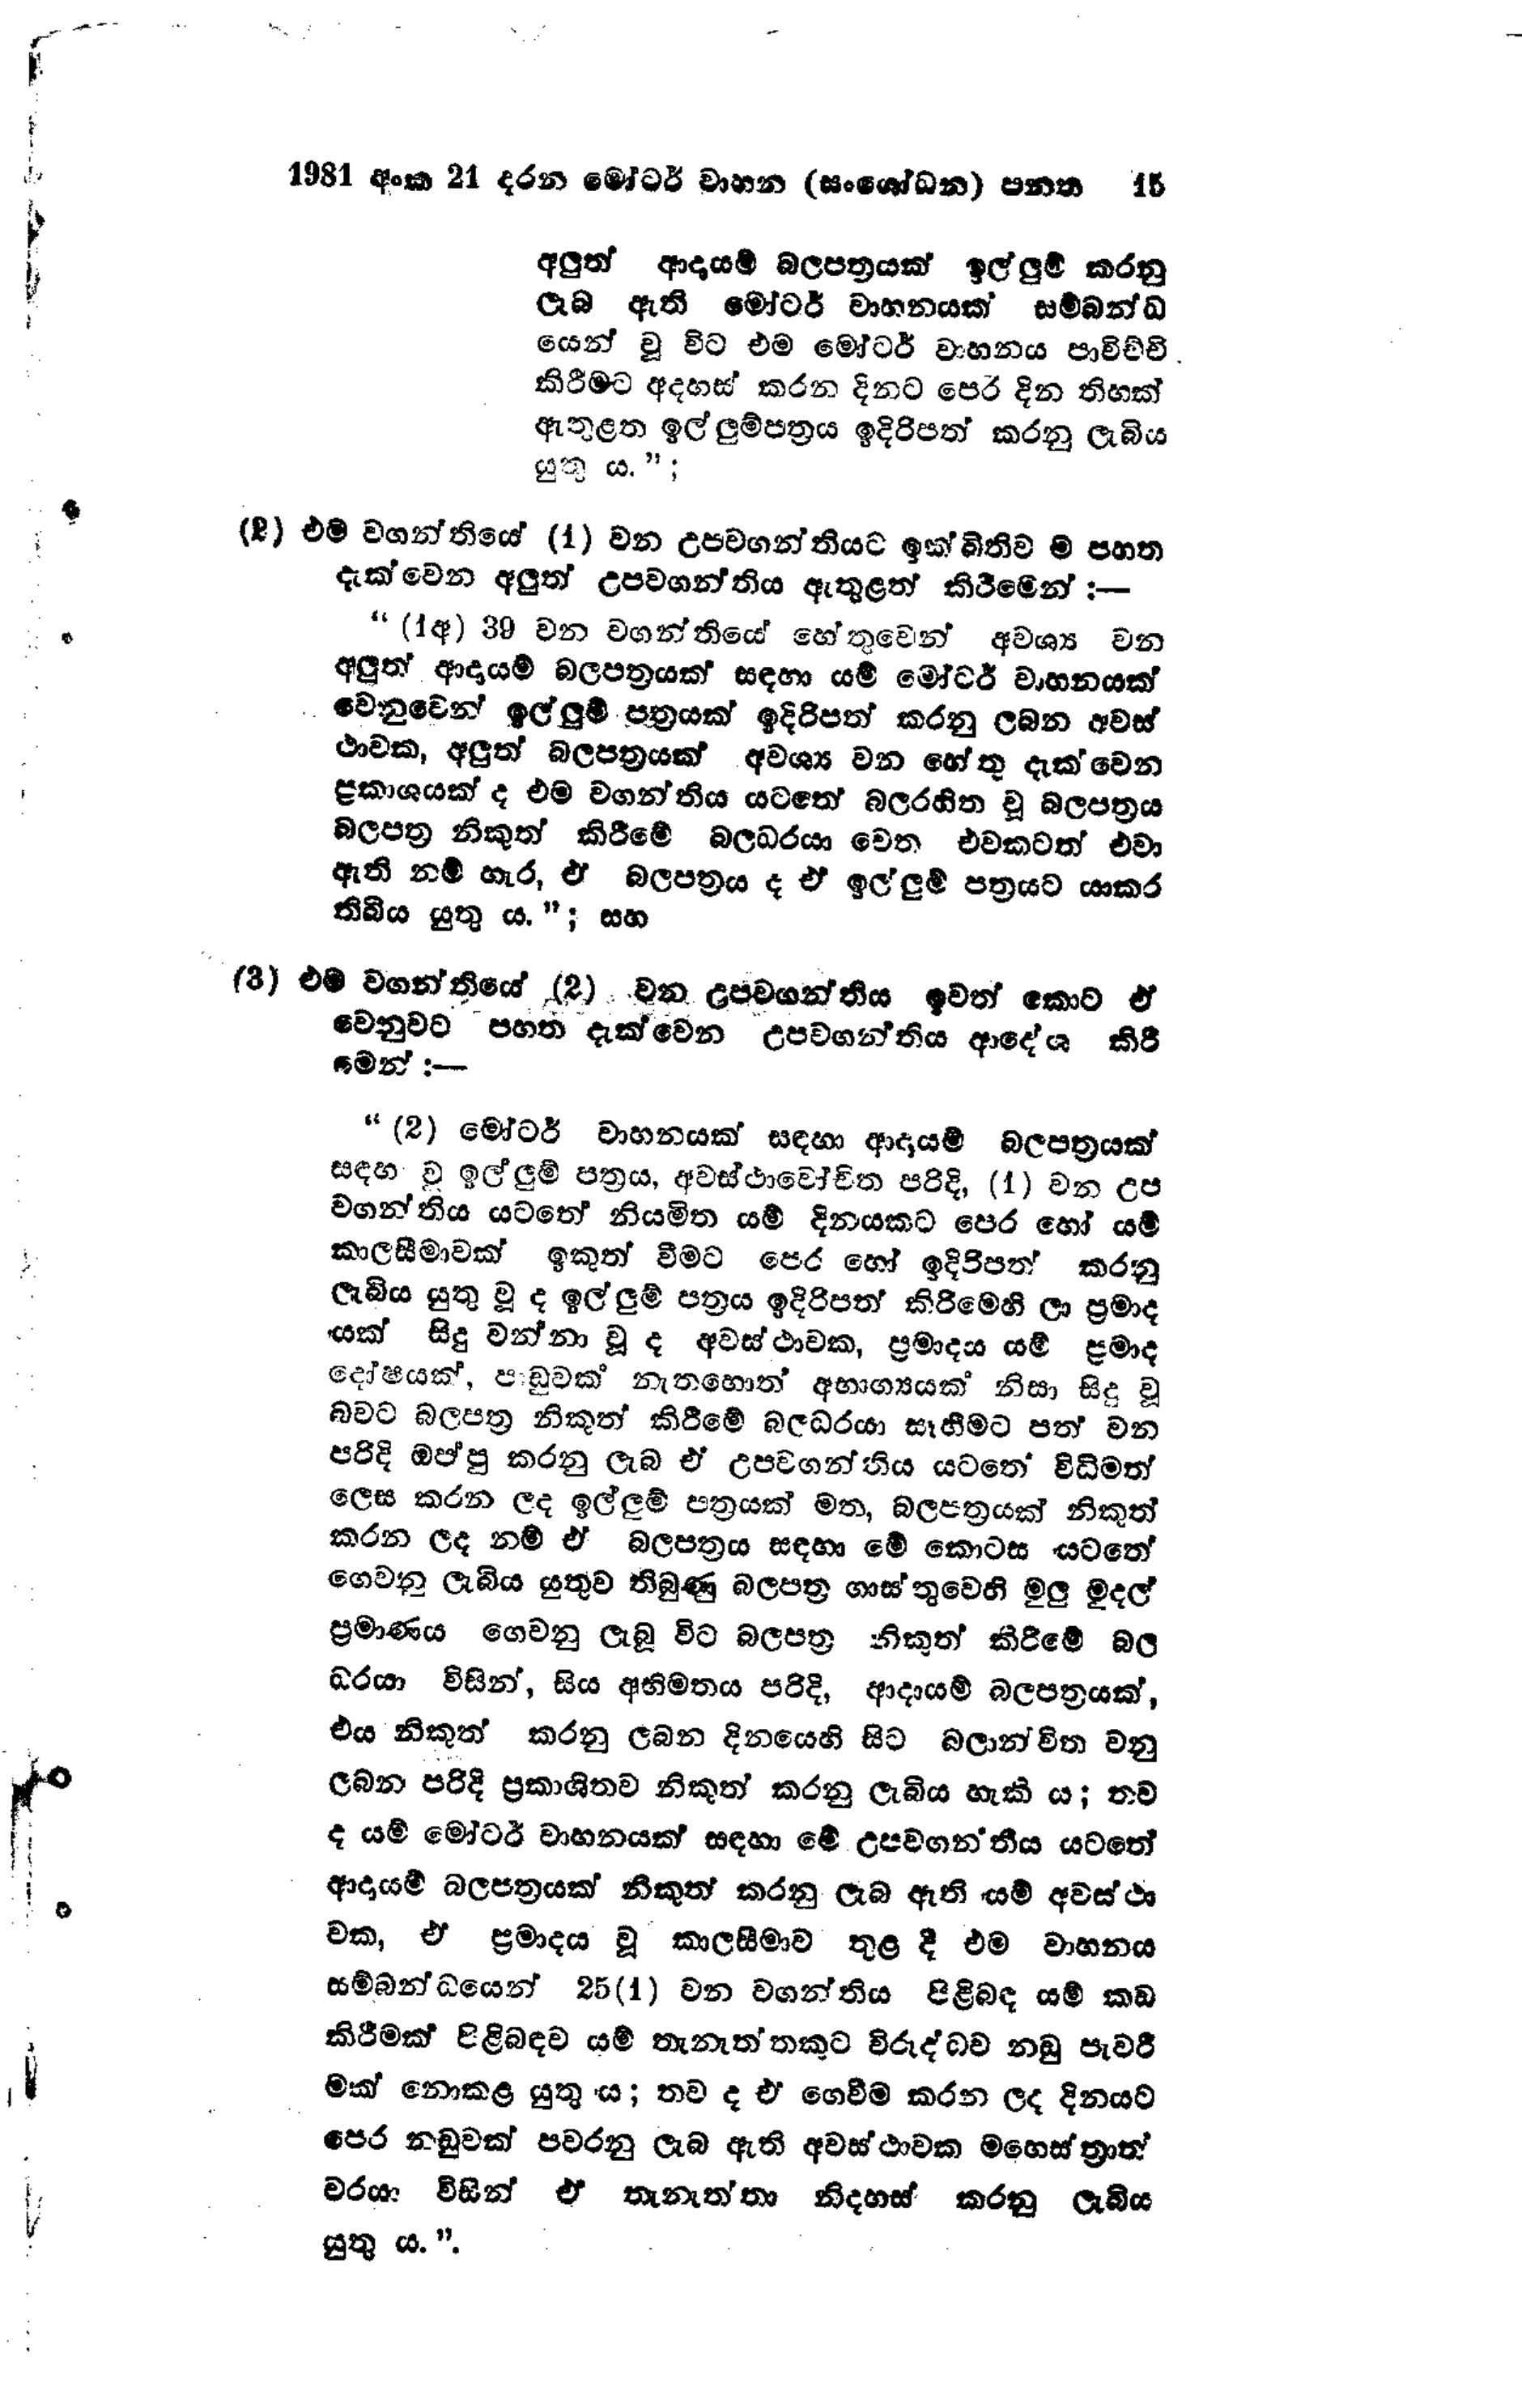
1981 අංක 21 දරන මෝටර් වාහන (සංශෝධන) පනත		15

අලුත් ආදායම් බලපත්‍රයක් ඉල්ලුම් කරනු
ලැබ ඇති මෝටර් වාහනයක් සම්බන්ධ
යෙන් වූ විට එම මෝටර් වාහනය පාවිච්චි
කිරීමට අදහස් කරන දිනට පෙර දින තිහක්
ඇතුළත ඉල්ලුම්පත්‍රය ඉදිරිපත් කරනු ලැබිය
යුතු ය.";

(2) එම වගන්තියේ (1) වන උපවගන්තියට ඉක්බිතිව ම පහත
දැක්වෙන අලුත් උපවගන්තිය ඇතුළත් කිරීමෙන් :--

"(1අ) 39 වන වගන්තියේ හේතුවෙන් අවශ්‍ය වන
අලුත් ආදායම් බලපත්‍රයක් සඳහා යම් මෝටර් වාහනයක්
වෙනුවෙන් ඉල්ලුම් පත්‍රයක් ඉදිරිපත් කරනු ලබන අවස්
ථාවක, අලුත් බලපත්‍රයක් අවශ්‍ය වන හේතු දැක්වෙන
ප්‍රකාශයක් ද එම වගන්තිය යටතේ බල රහිත වූ බලපත්‍රය
බලපත්‍ර නිකුත් කිරීමේ බලධරයා වෙත එවකටත් එවා
ඇති නම් හැර, ඒ බලපත්‍රය ද ඒ ඉල්ලුම් පත්‍රයට යාකර
තිබිය යුතු ය."; සහ

(3) එම වගන්තියේ (2) වන උපවගන්තිය ඉවත් කොට ඒ
වෙනුවට පහත දැක්වෙන උපවගන්තිය ආදේශ කිරි
මෙන්:-

"(2) මෝටර් වාහනයක් සඳහා ආදායම් බලපත්‍රයක්
සඳහා වූ ඉල්ලුම් පත්‍රය, අවස්ථාවෝචිත පරිදි, (1) වන උප
වගන්තිය යටතේ නියමිත යම් දිනයකට පෙර හෝ යම්
කාලසීමාවක් ඉකුත් වීමට පෙර හෝ ඉදිරිපත් කරනු
ලැබිය යුතු වූද ඉල්ලුම් පත්‍රය ඉදිරිපත් කිරීමෙහි ලා ප්‍රමාද
යක් සිදු වන්නා වූ ද අවස්ථාවක, ප්‍රමාදය යම් ප්‍රමාද
දෝෂයක්, පාඩුවක් නැතහොත් අභාග්‍යයක් නිසා සිදු වූ
බවට බලපත්‍ර නිකුත් කිරීමේ බලධරයා සෑහීමට පත් වන
පරිදි ඔප්පු කරනු ලැබ ඒ උපවගන්තිය යටතේ විධිමත්
ලෙස කරන ලද ඉල්ලුම් පත්‍රයක් මත, බලපත්‍රයක් නිකුත්
කරන ලද නම් ඒ බලපත්‍රය සඳහා මේ කොටස යටතේ
ගෙවනු ලැබිය යුතුව තිබුණු බලපත්‍ර ගාස්තුවෙහි මුලු මුදල්
ප්‍රමාණය ගෙවනු ලැබූ විට බලපත්‍ර නිකුත් කිරීමේ බල
ධරයා විසින්, සිය අභිමතය පරිදි,ආදායම් බලපත්‍රයක්,
එය නිකුත් කරනු ලබන දිනයෙහි සිට බලාන්විත වනු
ලබන පරිදි ප්‍රකාශිතව නිකුත් කරනු ලැබිය හැකි ය; තව
ද යම් මෝටර් වාහනයක් සඳහා මේ උපවගන්තිය යටතේ
ආදායම් බලපත්‍රයක් නිකුත් කරනු ලැබ ඇති යම් අවස්ථා
වක, ඒ ප්‍රමාදය වූ කාලසීමාව තුළදී එම වාහනය
සම්බන්ධයෙන් 25(1) වන වගන්තිය පිළිබඳ යම් කඩ
කිරීමක් පිළිබඳව යම් තැනැත්තකුට විරුද්ධව නඩු පැවරී
මක් නොකළ යුතු ය; තව ද ඒ ගෙවීම කරන ලද දිනයට
පෙර නඩුවක් පවරනු ලැබ ඇති අවස්ථාවක මහෙස්ත්‍රාත්
වරයා විසින් ඒ තැනැත්තා නිදහස් කරනු ලැබිය
යුතු ය.".